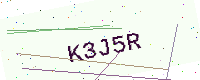
Text: K3J5R